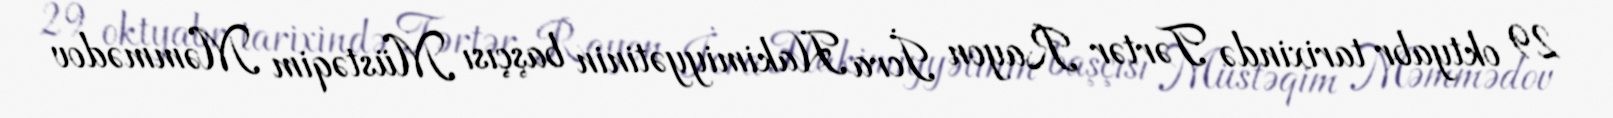
29 oktyabr tarixində Tərtər Rayon İcra Hakimiyyətinin başçısı Müstəqim Məmmədov